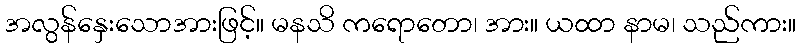
အလွန်နှေးသောအားဖြင့်။ မနသိ ကရောတော၊ အား။ ယထာ နာမ၊ သည်ကား။